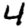
Digit: 4